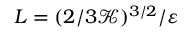
L = ( 2 / 3 \mathcal { K } ) ^ { 3 / 2 } / \varepsilon